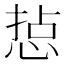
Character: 𢜋